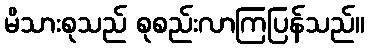
မိသားစုသည် စုစည်းလာကြပြန်သည်။